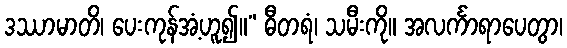
ဒဿာမာတိ၊ ပေးကုန်အံ့ဟူ၍။” ဓီတရံ၊ သမီးကို။ အလင်္ကာရာပေတွာ၊